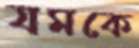
যমকে